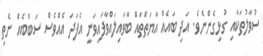
ސުވާލުތަކާއި ގުޅިގެންނެވެ. އަދި ބައެއް އާޔަތްތައް ބާވައިލައްވާފައިވަނީ އެފަދަ އެއްވެސް ސަބްބެއް ނެތި